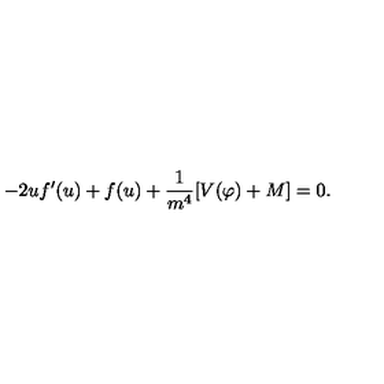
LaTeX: - 2 u f ^ { \prime } ( u ) + f ( u ) + \frac { 1 } { m ^ { 4 } } [ V ( \varphi ) + M ] = 0 .